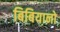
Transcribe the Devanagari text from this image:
बिबियानो